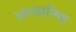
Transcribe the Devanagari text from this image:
आध्यात्म्कि